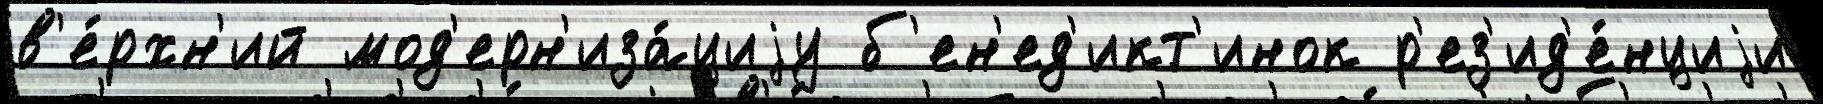
в'е́рхн'ий мод'ерн'иза́циjу б'ен'ед'икт'инок р'ез'ид'е́нциjи